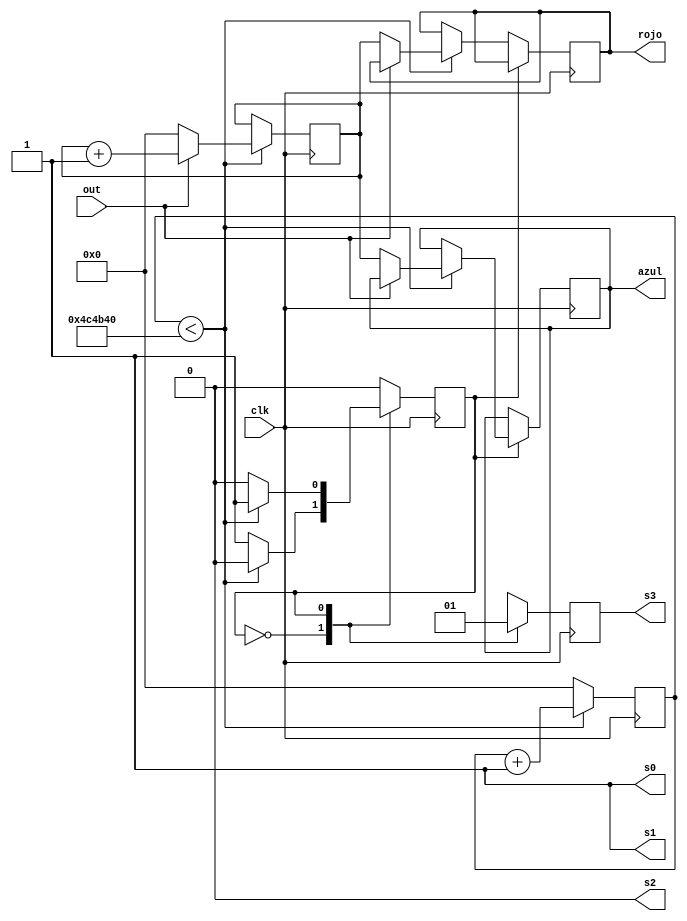
module Color(
    input clk,
    input out,
    output wire s0,
    output wire s1,
    output wire s2,
    output wire s3,
    output wire [22:0] rojo,
    output wire [22:0] azul 
);
    assign s0 = 1'b1;
    assign s1 = 1'b1;
    assign s2 = 1'b0;
    
    parameter size = 23; // 2^23 = 8388608, contiene a 5000000.
    parameter limite = 23'd5000000; // (25MHz/ 1/200 ms) = 5000000.

    reg [size - 1 : 0] contador = 23'd0; // contador de 0.2 s.
    reg [size - 1 : 0] Ancho_Pulso = 23'd0; 
    reg estado = 1'b0;
 
    always @(posedge clk)
    begin
        case (estado)
            1'b0: // SensorRojo
                begin
                    s3 = 1'b0;   // Activamos los sensores rojos
                    if (contador < limite)
                    begin 
                        contador <= contador + 1;
                        if (out == 1)
                            Ancho_Pulso <= Ancho_Pulso + 1;
                        else 
                        begin
                            rojo <= Ancho_Pulso;
                            Ancho_Pulso <= 23'd0;
                        end
                    end
                    else 
                    begin
                        contador <= 23'd0;
                        estado <= 1'b1;   // Pasamos al siguiente estado   
                    end
                end

            1'b1: // SensorAzul
                begin
                    s3 = 1'b1;   // Activamos los sensores azules
                    if (contador < limite)
                    begin 
                        contador <= contador + 1;
                        if (out == 1)
                            Ancho_Pulso <= Ancho_Pulso + 1;
                        else 
                        begin
                            azul <= Ancho_Pulso;
                            Ancho_Pulso <= 23'd0;
                        end
                    end
                    else
                    begin
                        contador <= 23'd0;
                        estado <= 1'b0;   // Pasamos al estado inicial.
                    end
                end
        endcase
    end
endmodule